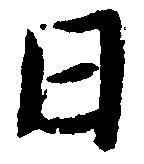
日